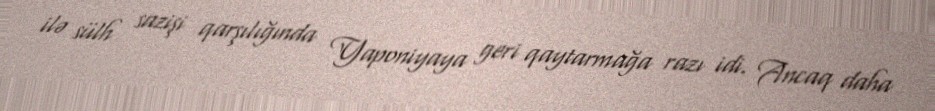
ilə sülh sazişi qarşılığında Yaponiyaya geri qaytarmağa razı idi. Ancaq daha